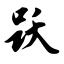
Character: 跃